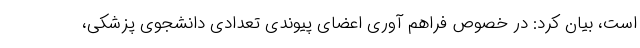
است،‌ بیان کرد: در خصوص فراهم آوری اعضای پیوندی تعدادی دانشجوی پزشکی،